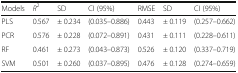
<table><thead><tr><td><b>Models</b></td><td><b><i>R</i><sup>2</sup></b></td><td><b>SD</b></td><td><b>CI (95%)</b></td><td><b>RMSE</b></td><td><b>SD</b></td><td><b>CI (95%)</b></td></tr></thead><tbody><tr><td>PLS</td><td>0.567</td><td>± 0.234</td><td>(0.035–0.886)</td><td>0.443</td><td>± 0.119</td><td>(0.257–0.662)</td></tr><tr><td>PCR</td><td>0.576</td><td>± 0.228</td><td>(0.072–0.891)</td><td>0.431</td><td>± 0.111</td><td>(0.228–0.611)</td></tr><tr><td>RF</td><td>0.461</td><td>± 0.273</td><td>(0.043–0.873)</td><td>0.526</td><td>± 0.120</td><td>(0.337–0.719)</td></tr><tr><td>SVM</td><td>0.501</td><td>± 0.260</td><td>(0.037–0.895)</td><td>0.476</td><td>± 0.128</td><td>(0.274–0.659)</td></tr></tbody></table>